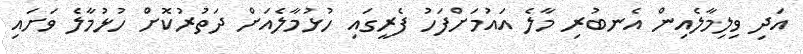
އަދި ވިލިމާލެއިން އެނބުރި މާލެ އައުމަށްފަހު ފެރީގައި ހުޅުމާލެއަށް ދަތުރުކޮށް ހުޅުމާލެ ވަށައި